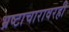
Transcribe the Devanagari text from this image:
भ्रष्टाचारावरही